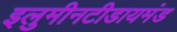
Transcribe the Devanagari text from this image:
इलुमीनटीडायमंड